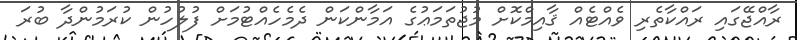
ރާއްޖޭގައި ރައްކާތެރި ވެއްޓެއް ޤާއިމްކޮށް މުޖުތަމަޢުގެ އަމާންކަން ދެމެހެއްޓުމަށް ފުލުހުން ކުރަމުންދާ ބުރަ